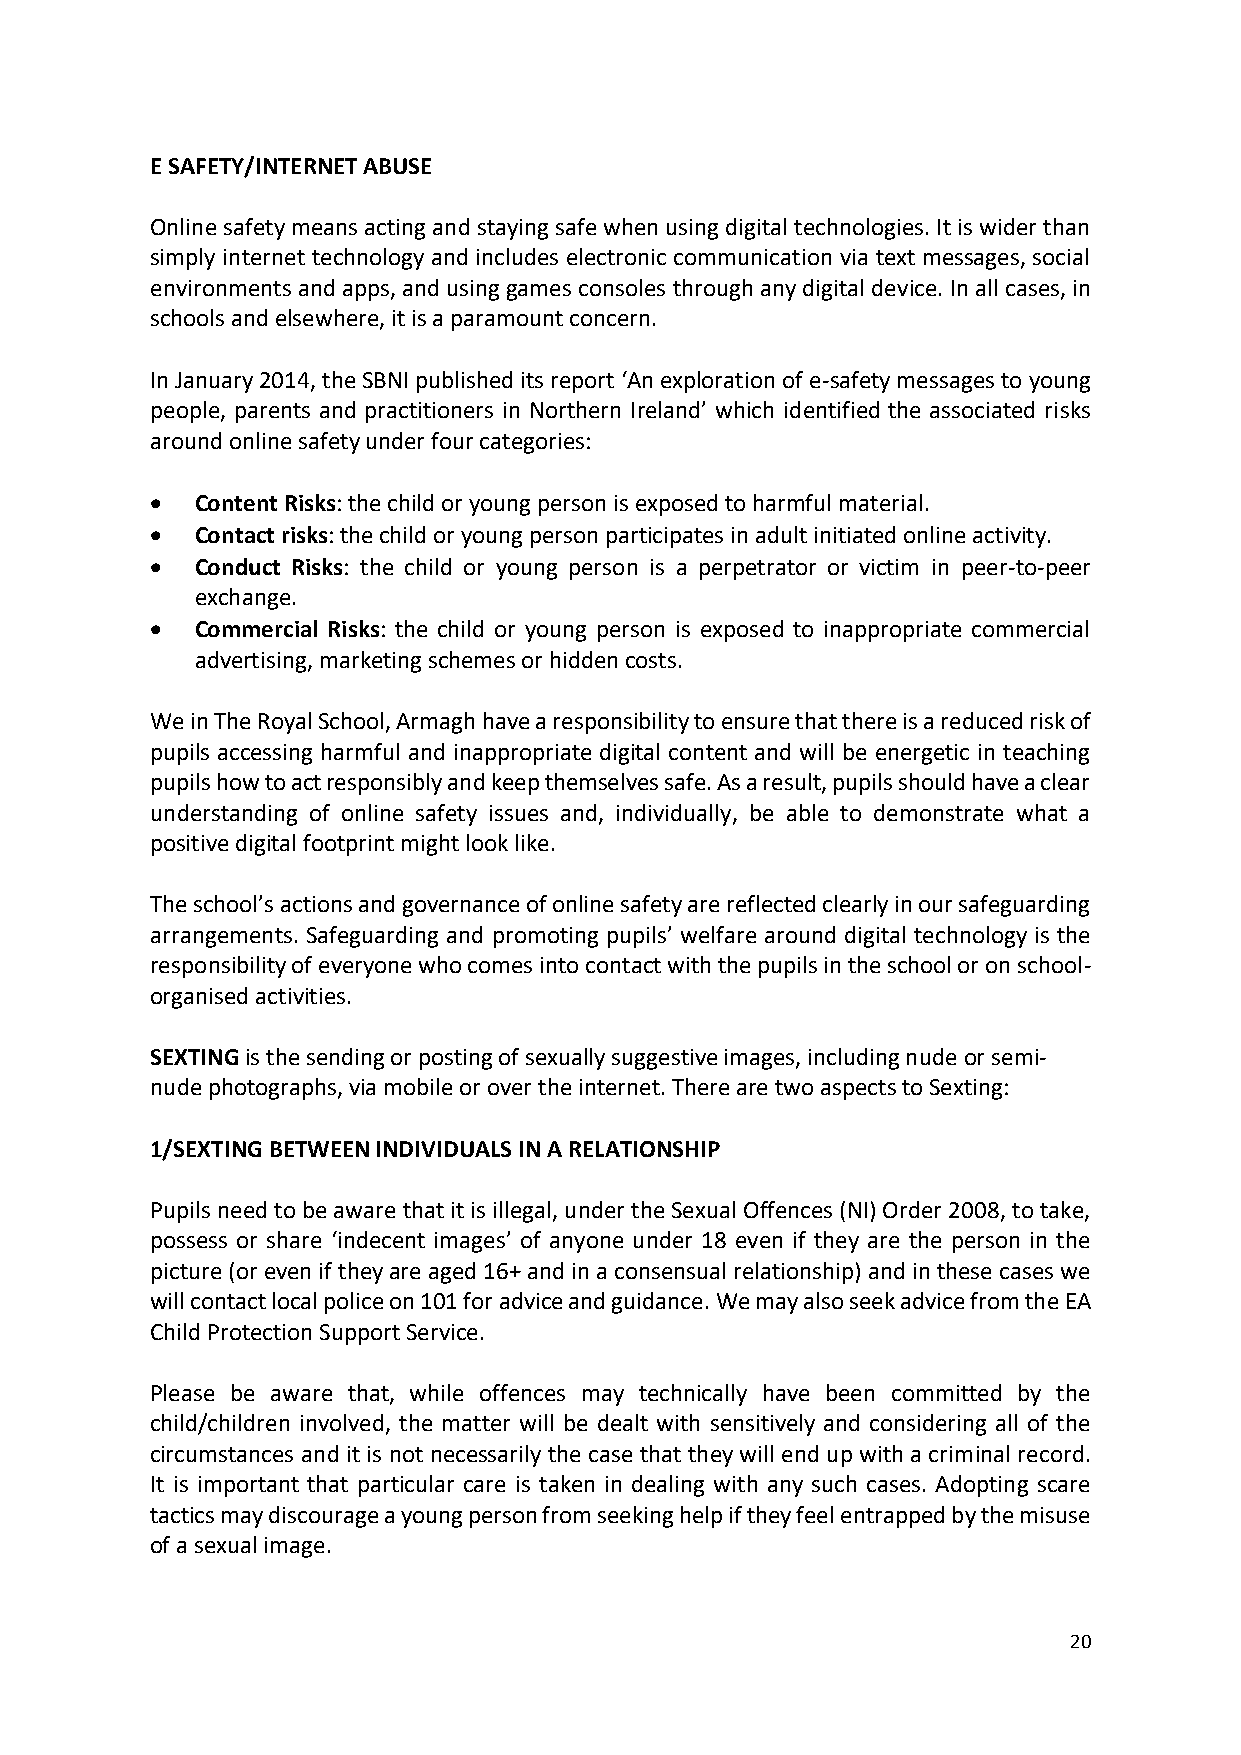
E SAFETY/INTERNET ABUSE
 Online safety means acting and staying safe when using digital technologies. It is wider than
 simply internet technology and includes electronic communication via text messages, social
 environments and apps, and using games consoles through any digital device. In all cases, in
 schools and elsewhere, it is a paramount concern.
 In January 2014, the SBNI published its report ‘An exploration of e-safety messages to young
 people, parents and practitioners in Northern Ireland’ which identified the associated risks
 around online safety under four categories:
   Content Risks: the child or young person is exposed to harmful material.
   Contact risks: the child or young person participates in adult initiated online activity.
   Conduct Risks: the child or young person is a perpetrator or victim in peer-to-peer
 exchange.
   Commercial Risks: the child or young person is exposed to inappropriate commercial
 advertising, marketing schemes or hidden costs.
 We in The Royal School, Armagh have a responsibility to ensure that there is a reduced risk of
 pupils accessing harmful and inappropriate digital content and will be energetic in teaching
 pupils how to act responsibly and keep themselves safe. As a result, pupils should have a clear
 understanding of online safety issues and, individually, be able to demonstrate what a
 positive digital footprint might look like.
 The school’s actions and governance of online safety are reflected clearly in our safeguarding
 arrangements. Safeguarding and promoting pupils’ welfare around digital technology is the
 responsibility of everyone who comes into contact with the pupils in the school or on school-
 organised activities.
 SEXTING is the sending or posting of sexually suggestive images, including nude or semi-
 nude photographs, via mobile or over the internet. There are two aspects to Sexting:
 1/SEXTING BETWEEN INDIVIDUALS IN A RELATIONSHIP
 Pupils need to be aware that it is illegal, under the Sexual Offences (NI) Order 2008, to take,
 possess or share ‘indecent images’ of anyone under 18 even if they are the person in the
 picture (or even if they are aged 16+ and in a consensual relationship) and in these cases we
 will contact local police on 101 for advice and guidance. We may also seek advice from the EA
 Child Protection Support Service.
 Please be aware that, while offences may technically have been committed by the
 child/children involved, the matter will be dealt with sensitively and considering all of the
 circumstances and it is not necessarily the case that they will end up with a criminal record.
 It is important that particular care is taken in dealing with any such cases. Adopting scare
 tactics may discourage a young person from seeking help if they feel entrapped by the misuse
 of a sexual image.
 20